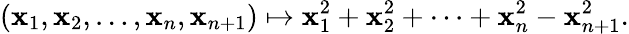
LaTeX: (\mathbf{x}_{1},\mathbf{x}_{2},\ldots,\mathbf{x}_{n},\mathbf{x}_{n+1})\mapsto\mathbf{x}_{1}^{2}+\mathbf{x}_{2}^{2}+\cdots+\mathbf{x}_{n}^{2}-\mathbf{x}_{n+1}^{2}.